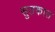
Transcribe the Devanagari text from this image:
सुतकात